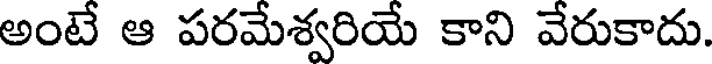
అంటే ఆ పరమేశ్వరియే కాని వేరుకాదు.